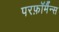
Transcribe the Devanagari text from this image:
परफ़ॉर्मैन्स